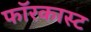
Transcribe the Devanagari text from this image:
फॉरकास्ट